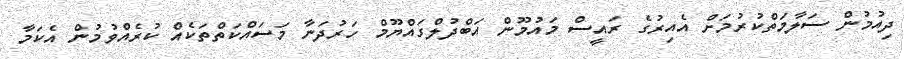
ދިއުމުން ސަލާމަތްކުރުމަށް އެއިރުގެ ރައީސް މައުމޫން އަބްދުލްގައްޔޫމް ހަރުދަނާ މަސައްކަތްތަކެއް ކުރެއްވުމުން އެކަމާ